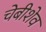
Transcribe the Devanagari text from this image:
चेबीशेव